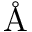
\textrm { \AA }